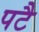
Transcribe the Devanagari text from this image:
पटै